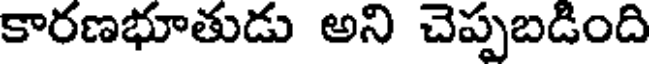
కారణభూతుడు అని చెప్పబడింది